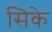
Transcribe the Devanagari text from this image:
सिके